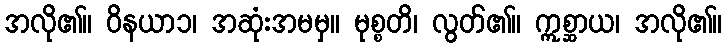
အလို၏။ ဝိနယာ၁၊ အဆုံးအမမှ။ မုစ္စတိ၊ လွတ်၏။ ဣစ္ဆာယ၊ အလို၏။